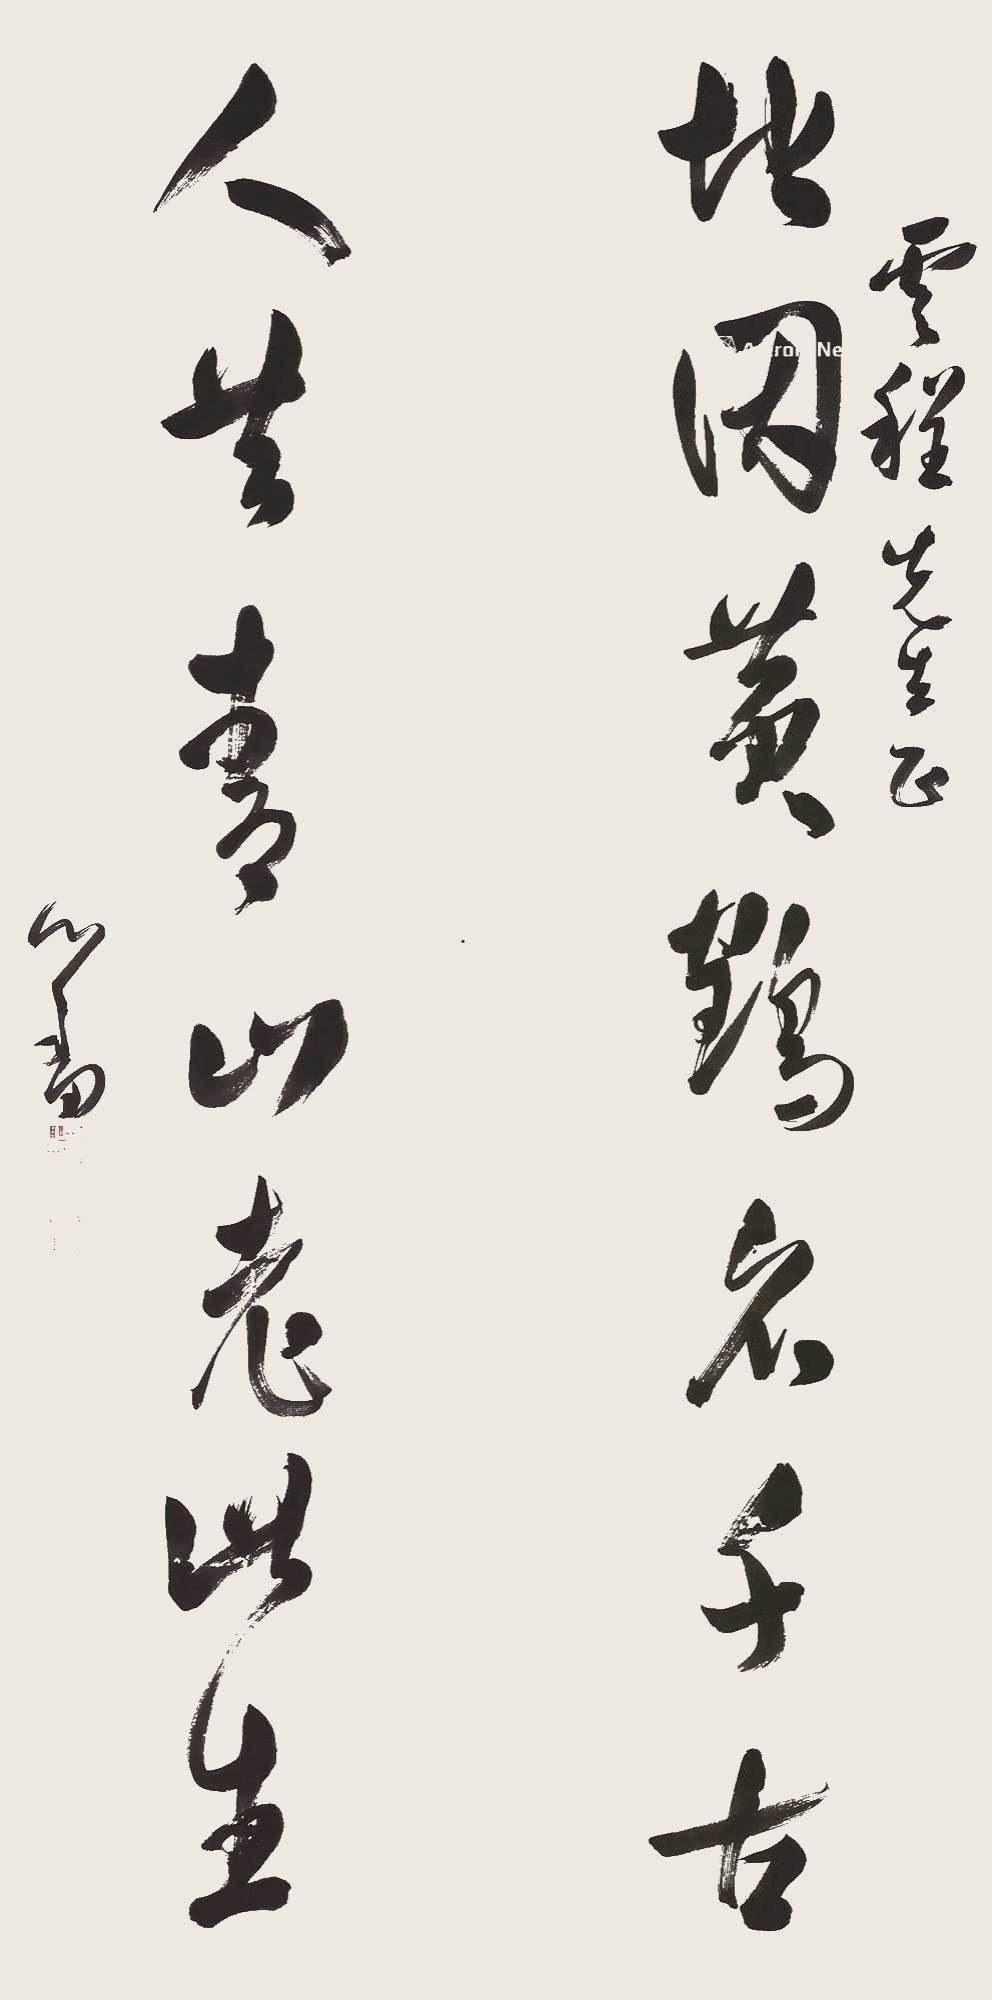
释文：地因黄鹤名千古，人共青山老此生。云程先生正，心畬。